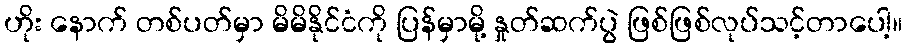
ဟိုး နောက် တစ်ပတ်မှာ မိမိနိုင်ငံကို ပြန်မှာမို့ နှုတ်ဆက်ပွဲ ဖြစ်ဖြစ်လုပ်သင့်တာပေါ့။